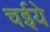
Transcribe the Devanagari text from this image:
चईये